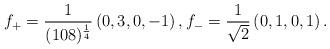
LaTeX: \begin{align*} f_+ = \frac{1}{(108)^{\frac{1}{4}}} \left(0, 3, 0, -1\right), f_- = \frac{1}{\sqrt{2}}\left(0,1,0,1\right).\end{align*}